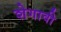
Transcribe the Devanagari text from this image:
शेगावी